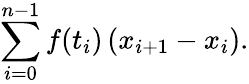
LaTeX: \sum_{i=0}^{n-1}f(t_{i})\left(x_{i+1}-x_{i}\right).